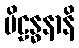
ပိဠန္ဓနာနိ